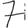
Digit: 7